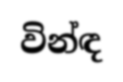
වින්ඳ